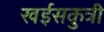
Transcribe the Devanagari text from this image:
खईसकुत्री